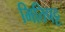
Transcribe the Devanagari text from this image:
भितिपट्ट